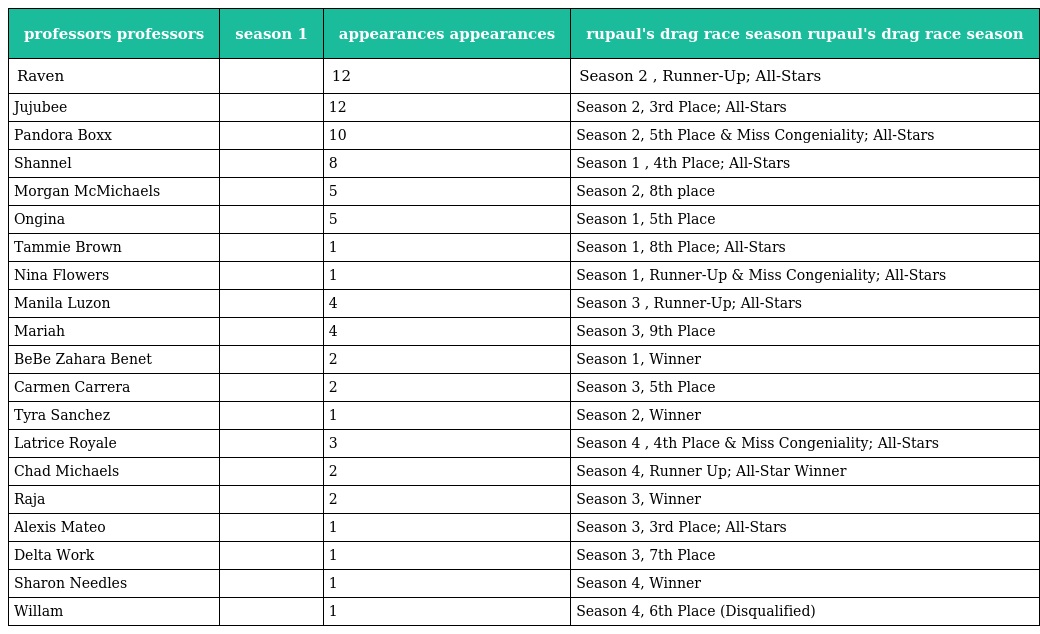
| professors professors | season 1 | appearances appearances | rupaul's drag race season rupaul's drag race season |
 | --- | --- | --- | --- |
 | Raven |  | 12 | Season 2 , Runner-Up; All-Stars |
 | Jujubee |  | 12 | Season 2, 3rd Place; All-Stars |
 | Pandora Boxx |  | 10 | Season 2, 5th Place & Miss Congeniality; All-Stars |
 | Shannel |  | 8 | Season 1 , 4th Place; All-Stars |
 | Morgan McMichaels |  | 5 | Season 2, 8th place |
 | Ongina |  | 5 | Season 1, 5th Place |
 | Tammie Brown |  | 1 | Season 1, 8th Place; All-Stars |
 | Nina Flowers |  | 1 | Season 1, Runner-Up & Miss Congeniality; All-Stars |
 | Manila Luzon |  | 4 | Season 3 , Runner-Up; All-Stars |
 | Mariah |  | 4 | Season 3, 9th Place |
 | BeBe Zahara Benet |  | 2 | Season 1, Winner |
 | Carmen Carrera |  | 2 | Season 3, 5th Place |
 | Tyra Sanchez |  | 1 | Season 2, Winner |
 | Latrice Royale |  | 3 | Season 4 , 4th Place & Miss Congeniality; All-Stars |
 | Chad Michaels |  | 2 | Season 4, Runner Up; All-Star Winner |
 | Raja |  | 2 | Season 3, Winner |
 | Alexis Mateo |  | 1 | Season 3, 3rd Place; All-Stars |
 | Delta Work |  | 1 | Season 3, 7th Place |
 | Sharon Needles |  | 1 | Season 4, Winner |
 | Willam |  | 1 | Season 4, 6th Place (Disqualified) |